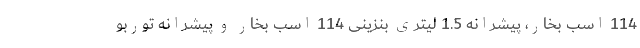
114 اسب بخار، پیشرانه 1.5 لیتری بنزینی 114 اسب بخار و پیشرانه توربو